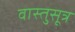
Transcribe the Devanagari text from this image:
वास्तुसूत्र